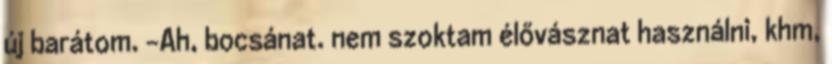
új barátom. -Ah, bocsánat. nem szoktam élővásznat használni, khm,